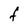
Character: F